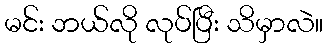
မင်း ဘယ်လို လုပ်ပြီး သိမှာလဲ။